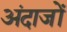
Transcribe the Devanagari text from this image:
अंदाजों